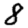
Digit: 8